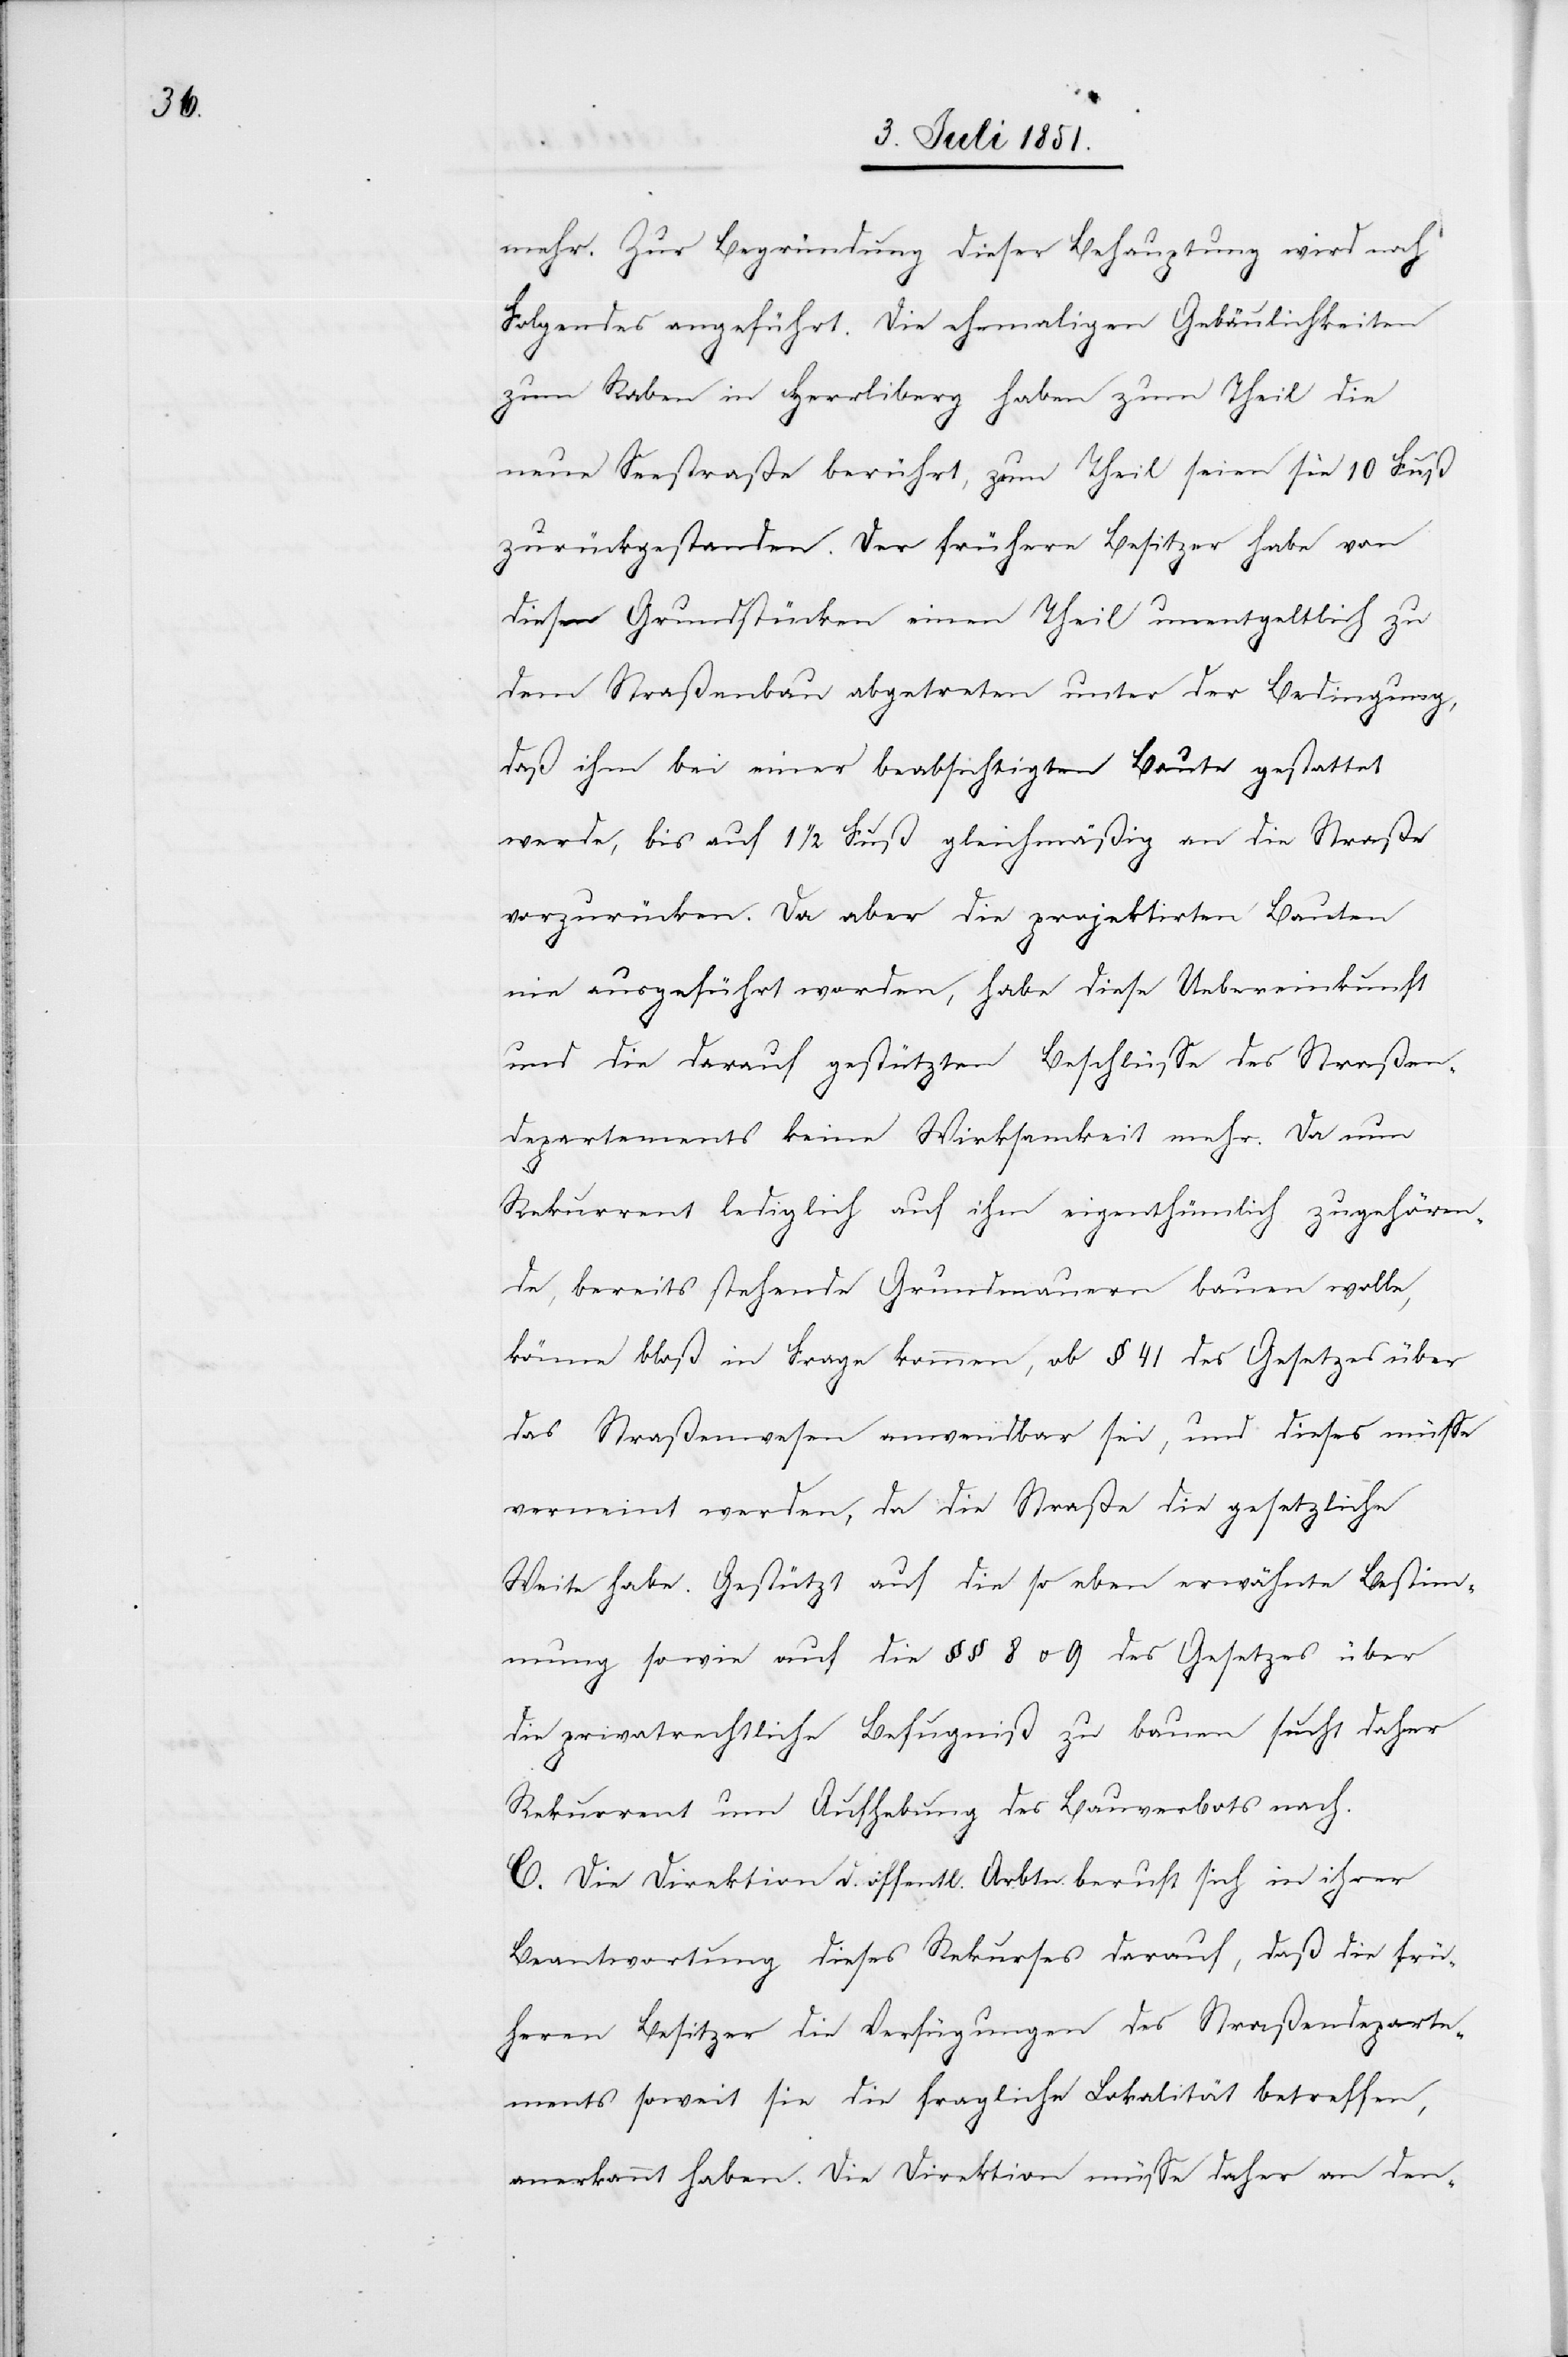
mehr. Zur Begründung dieser Behauptung wird noch
Folgendes angeführt. Die ehemaligen Gebäulichkeiten
zum Raben in Herrliberg haben zum Theil die
neue Seestraße berührt, zum Theil seien sie 10 Fuß
zurückgestanden. Der frühere Besitzer habe von
diesen Grundstücken einen Theil unentgeltlich zu
dem Straßenbau abgetreten unter der Bedingung,
daß ihm bei einer beabsichtigten Baute gestattet
werde, bis auf 1 1/2 Fuß gleichmäßig an die Straße
vorzurücken. Da aber die projektirten Bauten
nie ausgeführt worden, habe diese Uebereinkunft
und die darauf gestützten Beschlüsse des Straßen¬
departements keine Wirksamkeit mehr. Da nun
Rekurrent lediglich auf ihm eigenthümlich zugehören¬
de, bereits stehende Grundmauern bauen wolle,
könne bloß in Frage kommen, ob § 41 des Gesetzes über
das Straßenwesen anwendbar sei, und dieses müsse
verneint werden, da die Straße die gesetzliche
Weite habe. Gestützt auf die so eben erwähnte Bestim¬
mung sowie auf die §§ 8 & 9 des Gesetzes über
die privatrechtliche Befugniß zu bauen sucht daher
Rekurrent um Aufhebung des Bauverbots nach.
C. Die Direktion d. öffentl. Arbtn. beruft sich in ihrer
Beantwortung dieses Rekurses darauf, daß die frü¬
heren Besitzer die Verfügungen des Straßendeparte¬
ments soweit sie die fragliche Lokalität betreffen,
anerkannt haben. Die Direktion müsse daher an den-